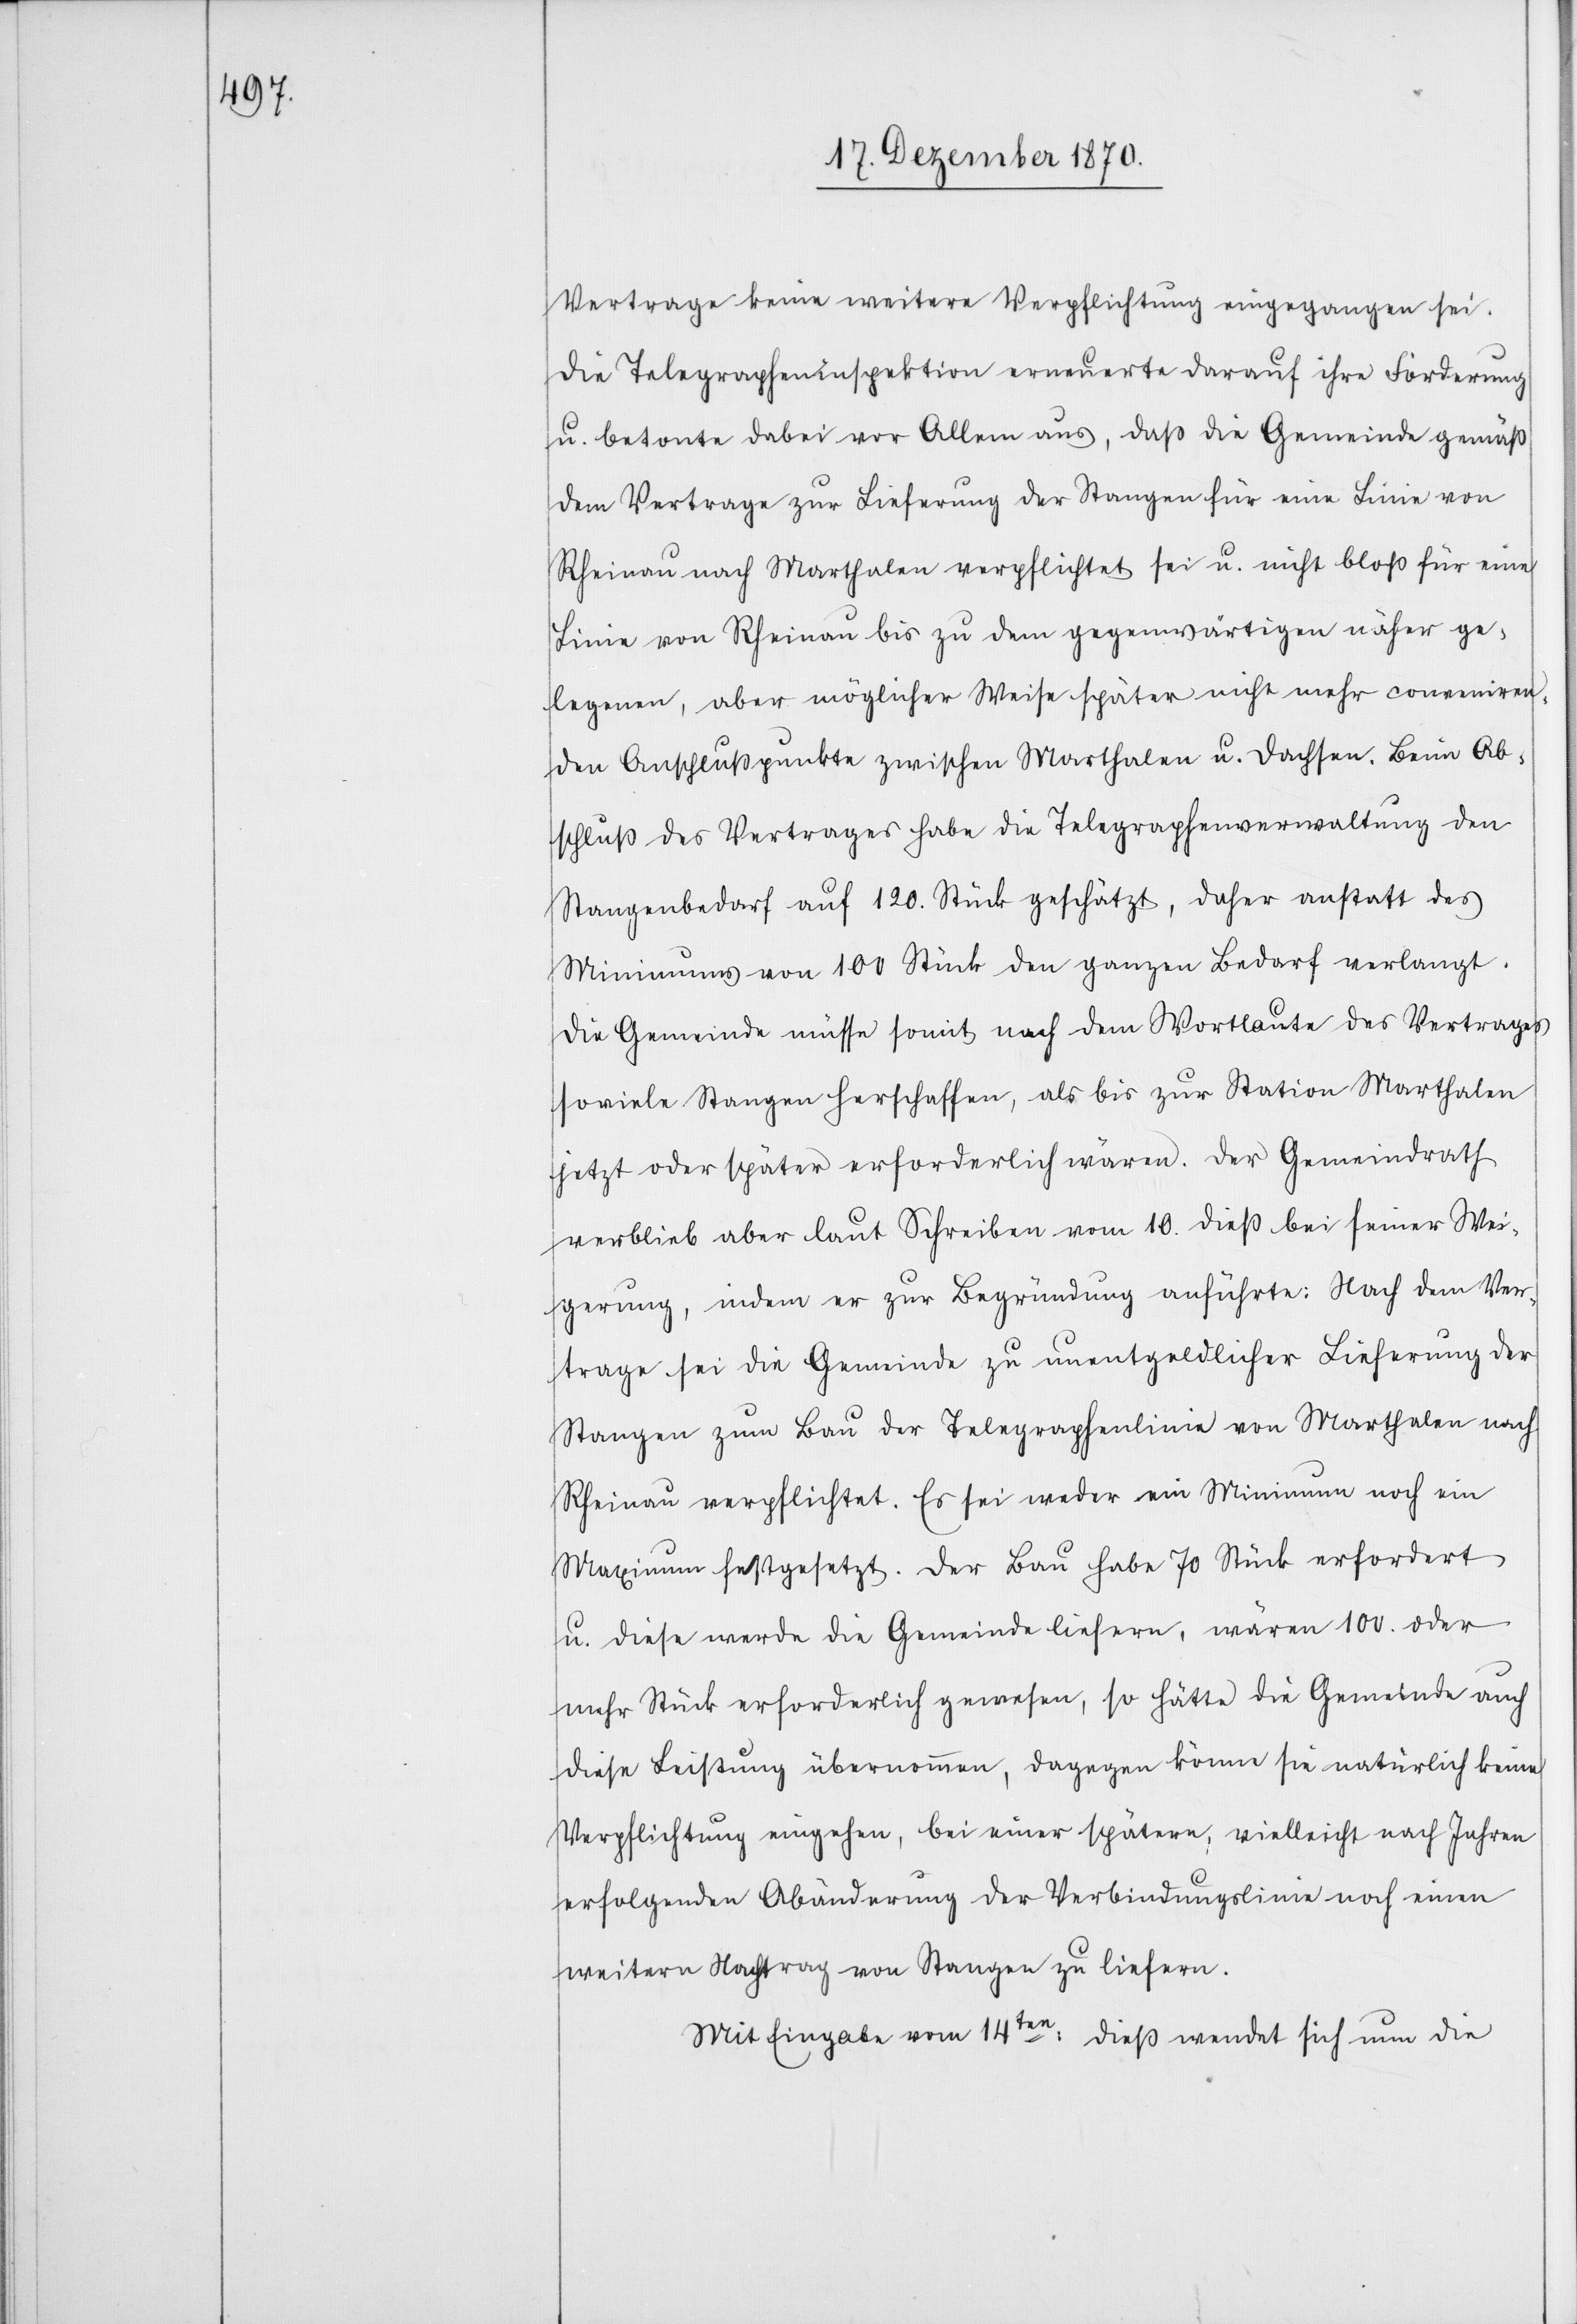
Vertrage keine weitere Verpflichtung eingegangen sei.
Die Telegrapheninspektion erneuerte darauf ihre Forderung
u. betonte dabei vor Allem aus, daß die Gemeinde gemäß
dem Vertrage zur Lieferung der Stangen für eine Linie von
Rheinau nach Marthalen verpflichtet sei u. nicht bloß für eine
Linie von Rheinau bis zu dem gegenwärtigen näher ge¬
legenen, aber möglicher Weise später nicht mehr conveniren¬
den Anschlußpunkte zwischen Marthalen u. Dachsen. Beim Ab¬
schluß des Vertrages habe die Telegraphenverwaltung den
Stangebedarf auf 120. Stück geschätzt, daher anstatt des
Minimums von 100 Stück den ganzen Bedarf verlangt.
Die Gemeinde müsse somit nach dem Wortlaute des Vertrages
so viele Stangen herschaffen, als bis zur Station Marthalen
jetzt oder später erforderlich wären. Der Gemeindrath
verblieb aber laut Schreiben vom 10. dieß bei seiner Wei¬
gerung, indem er zur Begründung anführte: Nach dem Ver¬
trage sei die Gemeinde zu unentgeldlicher Lieferung der
Stangen zum Bau der Telegraphenlinie von Marthalen nach
Rheinau verpflichtet. Es sei weder ein Minimum noch ein
Maximum festgesetzt. Der Bau habe 70 Stück erfordert
u. diese werde die Gemeinde liefern, wären 100. oder
mehr Stück erforderlich gewesen, so hätte die Gemeinde auch
diese Leistung übernommen, dagegen könne sie natürlich keine
Verpflichtung eingehen, bei einer spätern, vielleicht nach Jahren
erfolgenden Abänderung der Verbindungslinie noch einen
weitern Nachtrag von Stangen zu liefern.
Mit Eingabe vom 14ten: dieß wendet sich nun die